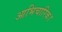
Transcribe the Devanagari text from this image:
आभिचारिक।